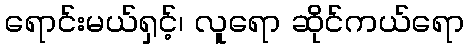
ရောင်းမယ်ရှင့်၊ လူရော ဆိုင်ကယ်ရော